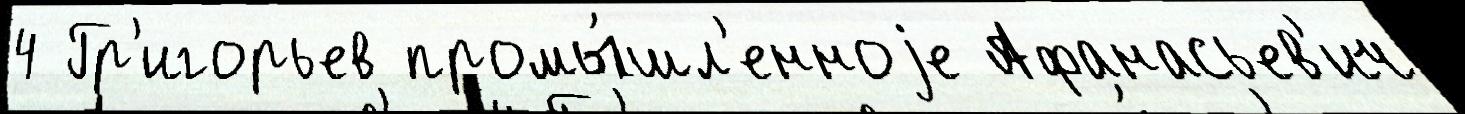
4 Гр'игорьев промы́шл'енноjе Афанасьев'ич